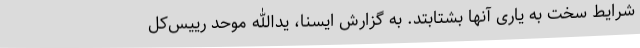
شرایط سخت به یاری آنها بشتابتد. به گزارش ایسنا، یدالله موحد رییس‌کل